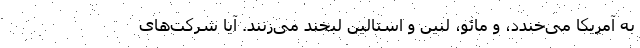
به آمریکا می‌خندد، و مائو، لنین و استالین لبخند می‌زنند. آیا شرکت‌های